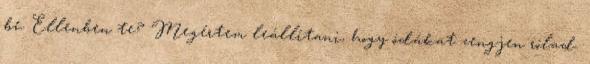
be. Ellenben te? Megértem leállítani, hogy ódákat zengjen rólad.